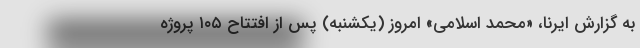
به گزارش ایرنا، «محمد اسلامی» امروز (یکشنبه) ‌پس از افتتاح ۱۰۵ پروژه